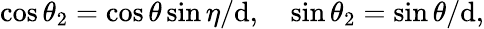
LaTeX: \cos{\theta_{2}}=\cos{\theta}\sin{\eta}/\mathrm{d},\quad\sin{\theta_{2}}=\sin{\theta}/\mathrm{d},